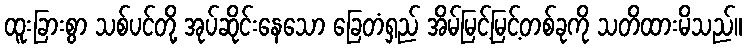
ထူးခြားစွာ သစ်ပင်တို့ အုပ်ဆိုင်းနေသော ခြေတံရှည် အိမ်မြင့်မြင့်တစ်ခုကို သတိထားမိသည်။